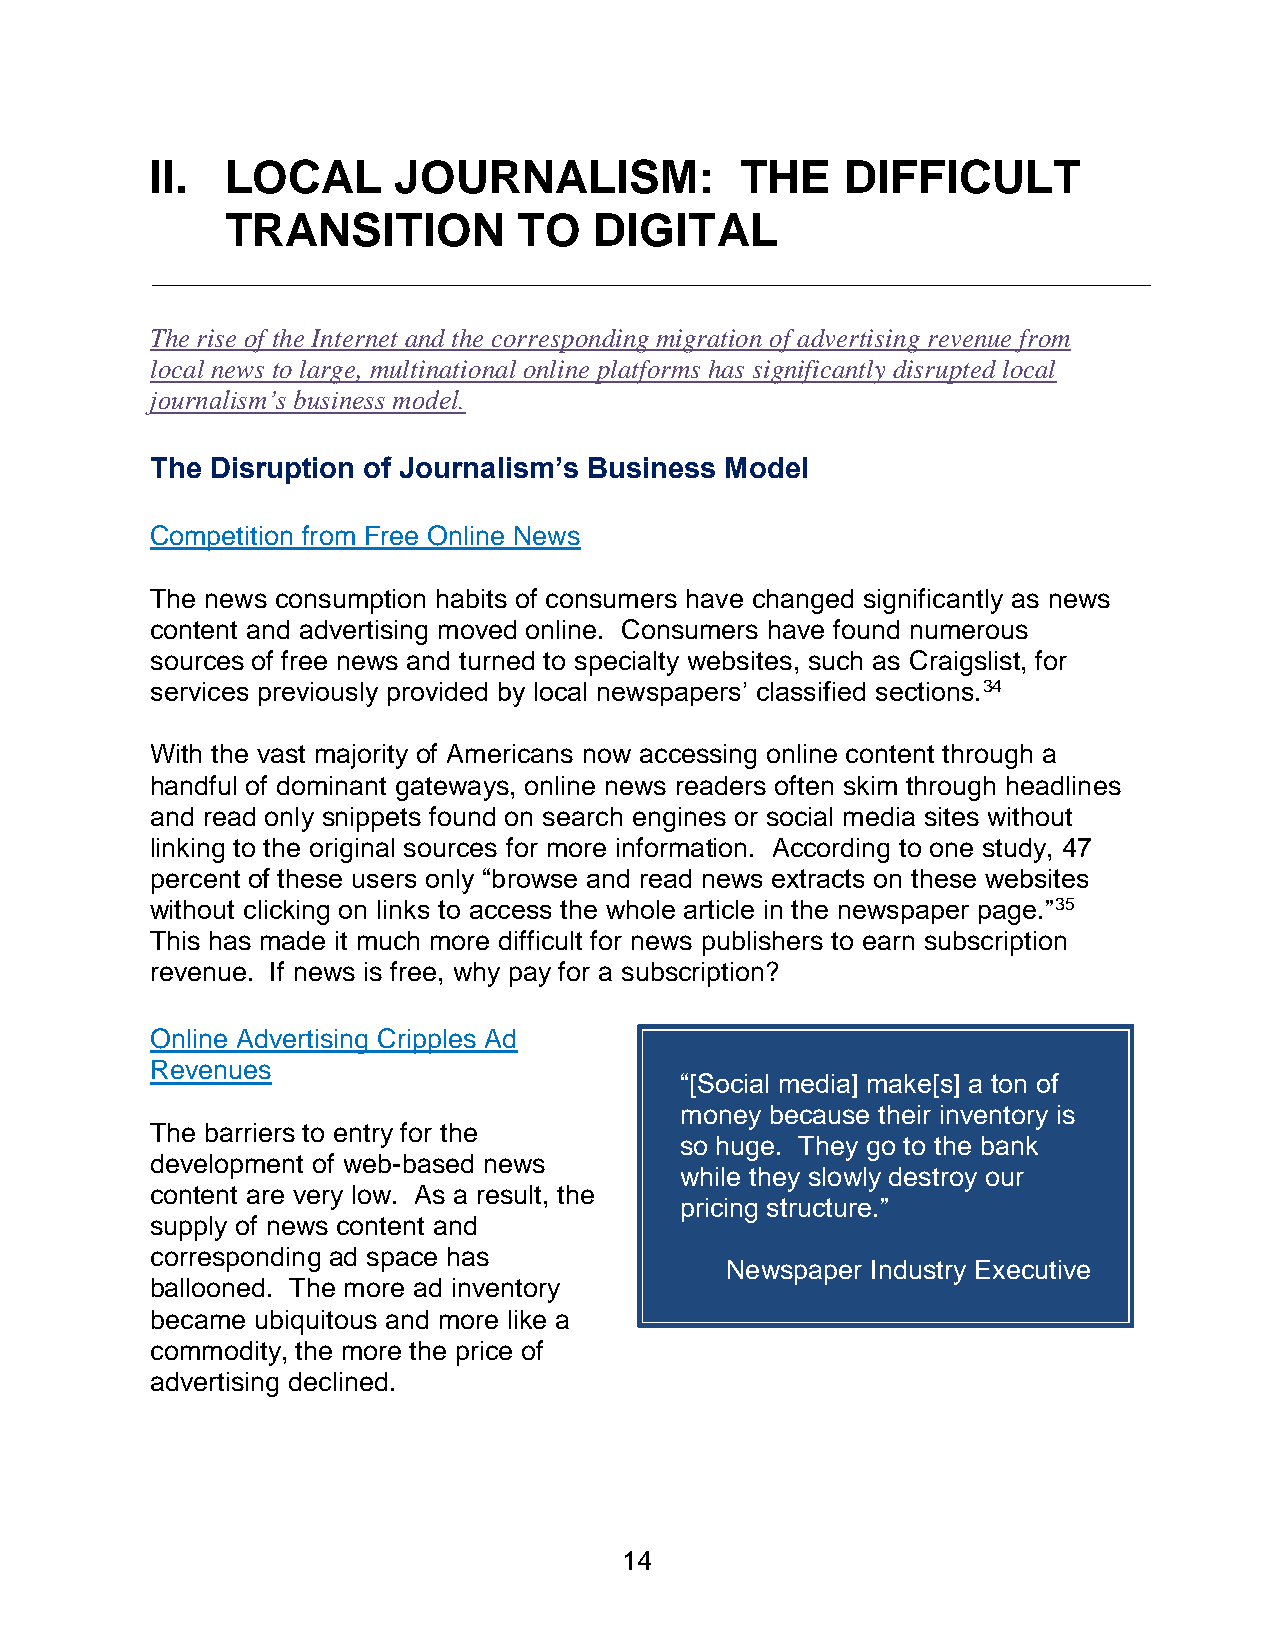
II.  LOCAL      JOURNALISM:            THE    DIFFICULT
 TRANSITION         TO   DIGITAL
 The rise of the Internet and the corresponding migration of advertising revenue from
 local news to large, multinational online platforms has significantly disrupted local
 journalism’s business model.
 The Disruption of Journalism’s Business Model
 Competition from Free Online News
 The news consumption habits of consumers have changed significantly as news
 content and advertising moved online. Consumers have found numerous
 sources of free news and turned to specialty websites, such as Craigslist, for
 services previously provided by local newspapers’ classified sections.34
 With the vast majority of Americans now accessing online content through a
 handful of dominant gateways, online news readers often skim through headlines
 and read only snippets found on search engines or social media sites without
 linking to the original sources for more information. According to one study, 47
 percent of these users only “browse and read news extracts on these websites
 without clicking on links to access the whole article in the newspaper page.”35
 This has made it much more difficult for news publishers to earn subscription
 revenue. If news is free, why pay for a subscription?
 Online Advertising Cripples Ad
 Revenues
 “[Social media] make[s] a ton of
 money because their inventory is
 The barriers to entry for the
 so huge. They go to the bank
 development of web-based news
 while they slowly destroy our
 content are very low. As a result, the
 pricing structure.”
 supply of news content and
 corresponding ad space has
 Newspaper Industry Executive
 ballooned. The more ad inventory
 became ubiquitous and more like a
 commodity, the more the price of
 advertising declined.
 14